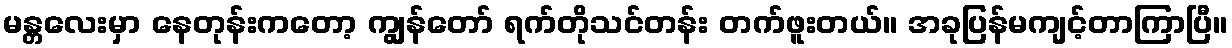
မန္တလေးမှာ နေတုန်းကတော့ ကျွန်တော် ရက်တိုသင်တန်း တက်ဖူးတယ်။ အခုပြန်မကျင့်တာကြာပြီ။